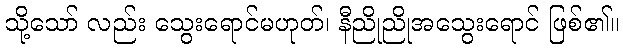
သို့သော် လည်း သွေးရောင်မဟုတ်၊ နီညိုညိုအသွေးရောင် ဖြစ်၏။